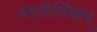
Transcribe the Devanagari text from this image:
व्यासोच्छिष्टम्